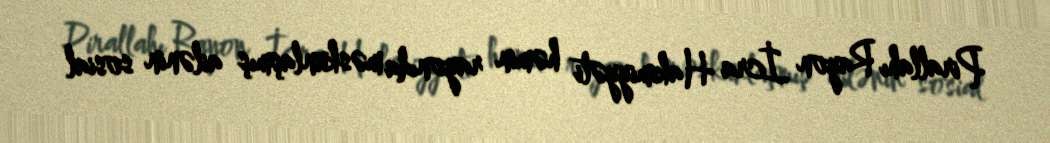
Pirallahı Rayon İcra Hakimiyyəti həmin rayonda məskunlaşmış ailənin sosial